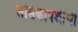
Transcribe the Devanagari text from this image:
लसिकापेशींची